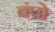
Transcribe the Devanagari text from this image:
बंपो